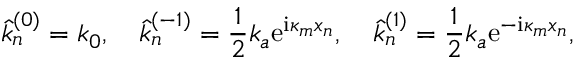
\hat { k } _ { n } ^ { ( 0 ) } = k _ { 0 } , \quad \hat { k } _ { n } ^ { ( - 1 ) } = \frac { 1 } { 2 } k _ { a } \mathrm { e } ^ { \mathrm { i } \kappa _ { m } x _ { n } } , \quad \hat { k } _ { n } ^ { ( 1 ) } = \frac { 1 } { 2 } k _ { a } \mathrm { e } ^ { - \mathrm { i } \kappa _ { m } x _ { n } } ,